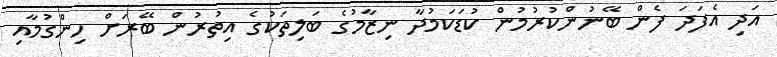
އަދި އެފަދަ ފެން ބޭނުންކުރުމުން ކުޑަކަމުދާ ނިޒާމުގެ ބަލިތަކުގެ އިތުރުން ބޭރަށް ހިންގުމާއި